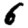
Digit: 6